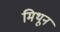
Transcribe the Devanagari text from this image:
मिथून